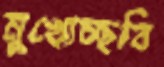
মুখোচ্ছবি